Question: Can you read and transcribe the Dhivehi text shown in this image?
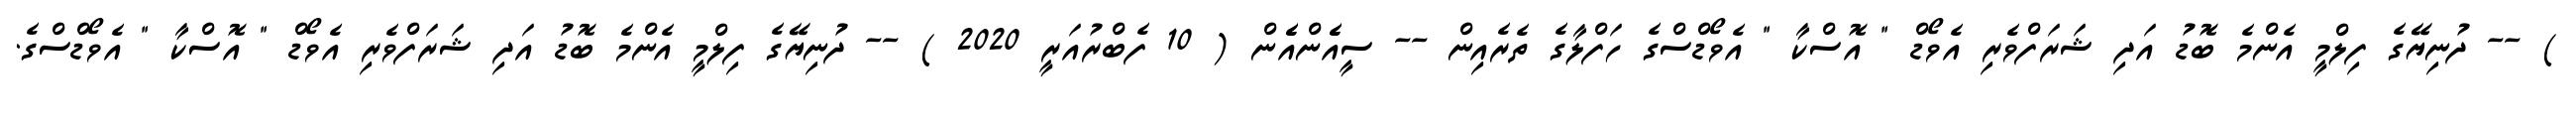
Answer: ) -- ދުނިޔޭގެ ފިލްމީ އެންމެ ބޮޑު އަދި ޝަރަފްވެރި އެވޯޑް " އޮސްކާ " އެވޯޑްސްގެ ހަފްލާގެ ތެރެއިން -- ސީއެެންއެެން ( 10 ފެބްރުއަރީ 2020 ) -- ދުނިޔޭގެ ފިލްމީ އެންމެ ބޮޑު އަދި ޝަރަފްވެރި އެވޯޑް " އޮސްކާ " އެވޯޑްސްގެ.